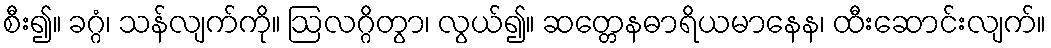
စီး၍။ ခဂ္ဂံ၊ သန်လျက်ကို။ ဩလဂ္ဂိတွာ၊ လွယ်၍။ ဆတ္တေနဓာရိယမာနေန၊ ထီးဆောင်းလျက်။